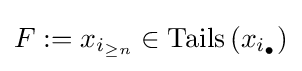
F:=x_{i_{\geq n}}\in \operatorname {Tails} \left(x_{i_{\bullet }}\right)